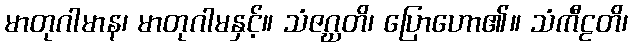
မာတုဂါမာန၊ မာတုဂါမနှင့်။ သံဇဂ္ဃတိ၊ ပြောဟော၏။ သံကီဠတိ၊